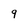
Character: 9